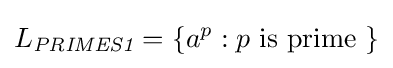
L_{\textit {PRIMES1}}=\{a^{p}:p{\mbox{ is prime }}\}